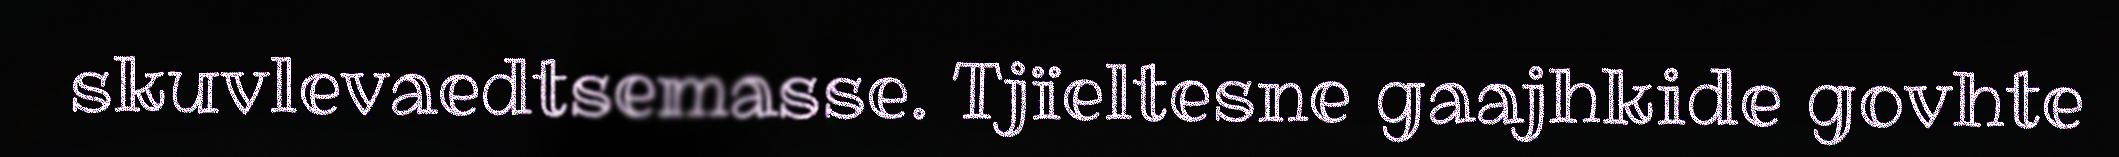
skuvlevaedtsemasse. Tjïeltesne gaajhkide govhte